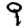
Digit: 9